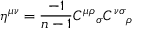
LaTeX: \eta ^ { \mu \nu } = \frac { - 1 } { n - 1 } { C ^ { \mu \rho } } _ { \sigma } { C ^ { \nu \sigma } } _ { \rho }